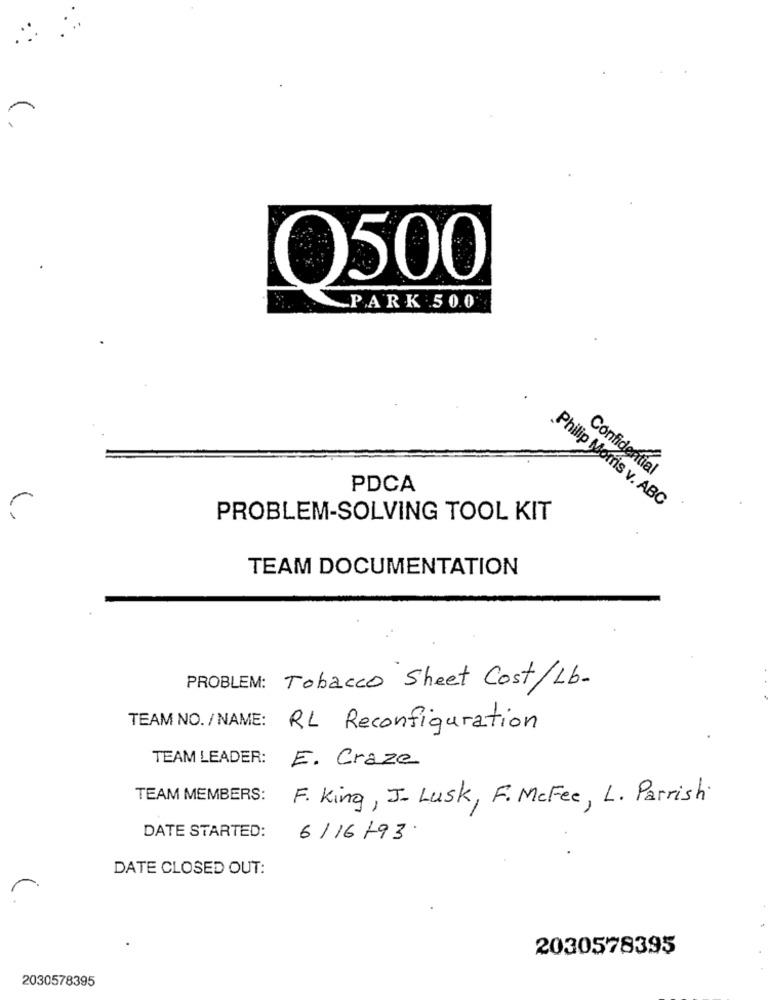
O500
PARK 50.0
Confidential
PDCA
Philip Morris v. ABC
PROBLEM-SOLVING TOOL KIT
TEAM DOCUMENTATION
PROBLEM: Tobacco Sheet Cost/Lb-
TEAM NO. / NAME:
RL Reconfiguration
TEAM LEADER:
E. Craze
TEAM MEMBERS:
F. King, J_ Lusk, F. McFee, L. Parrish.
DATE STARTED:
6/16/93
DATE CLOSED OUT:
2030578395
2030578395